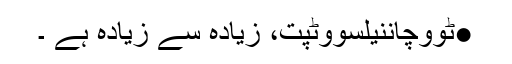
●ٹووچاننیلسووٹپت، زیادہ سے زیادہ ہے ۔